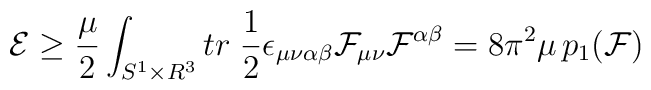
{\cal E}\ge \frac{\mu}{2}\int_{S^1\times R^3} tr\; \frac{1}{2}              \epsilon_{\mu\nu\alpha\beta}              {\cal F}_{\mu\nu} {\cal F}^{\alpha\beta}         = 8\pi^2 \mu\, p_1({\cal F})